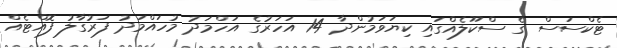
ޓެކްސަސް ގެ ސްކޫލެއްގައި ކިޔަވަމުންދާ 14 އަހަރުގެ އަހްމަދު މުހައްމަދު ފަރުގާލު ފޮއްޓެއް